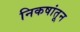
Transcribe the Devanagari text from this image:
निकषांतून